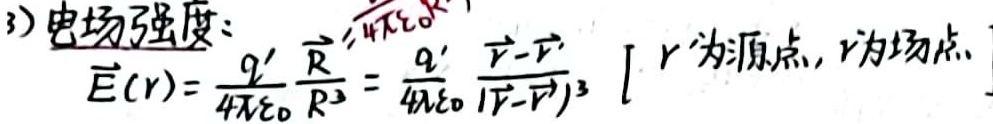
3) 电场强度：
\[
\vec{E}(\vec{r}) = \frac{q'}{4\pi\varepsilon_0} \frac{\vec{R}}{R^3} = \frac{q'}{4\pi\varepsilon_0} \frac{\vec{r}-\vec{r}'}{|\vec{r}-\vec{r}'|^3} \quad [ \vec{r}'为源点, \vec{r}为场点 ]
\]